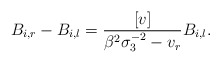
\begin{align*}B_{i,r}-B_{i,l} = \frac{[v]}{\beta^2\sigma_3^{-2}-v_r} B_{i,l}.\end{align*}